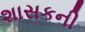
શાસકની